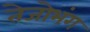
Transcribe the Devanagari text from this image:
तेजोभंग